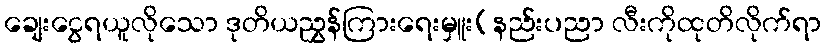
ချေးငွေရယူလိုသော ဒုတိယညွှန်ကြားရေးမှူး(နည်းပညာ လီးကိုထုတိလိုက်ရာ